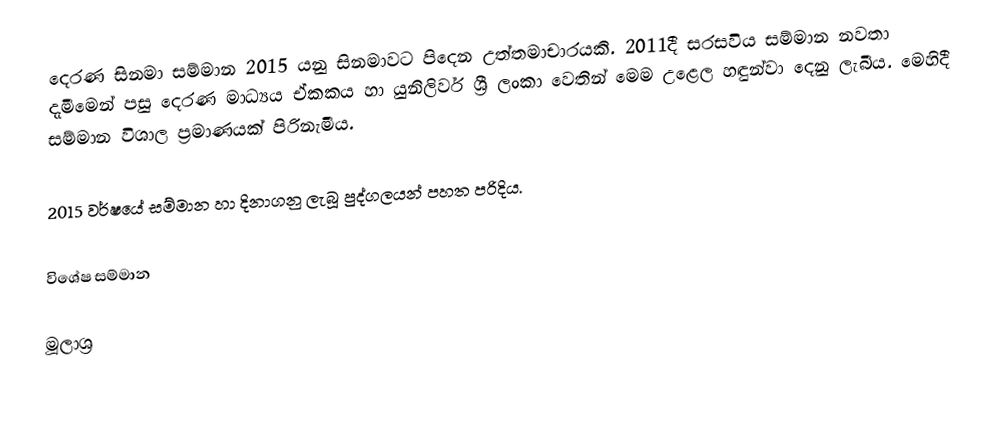
දෙරණ සිනමා සම්මාන 2015 යනු සිනමාවට පිදෙන උත්‍තමාචාරයකි. 2011දී සරසවිය සම්මාන නවතා දැමීමෙන් පසු දෙරණ මාධ්‍යය ඒකකය හා යුනිලිවර් ශ්‍රී ලංකා වෙතින් මෙම උළෙල හඳුන්වා දෙනු ලැබීය. මෙහිදී සම්මාන විශාල ප්‍රමාණයක් පිරිනැමීය.

2015 වර්ෂයේ සම්මාන හා දිනාගනු ලැබූ පුද්ගලයන් පහත පරිදිය.

විශේෂ සම්මාන

මූලාශ්‍ර